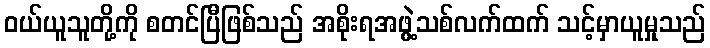
ဝယ်ယူသူတို့ကို စတင်ပြီဖြစ်သည် အစိုးရအဖွဲ့သစ်လက်ထက် သင့်မှာယူမှုသည်